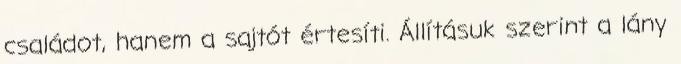
családot, hanem a sajtót értesíti. Állításuk szerint a lány